system: You are a helpful assistant.
user:
Analyze the provided spectrum to determine if it is a **M-type Giant (gM)**.

A M-type Giant spectrum is defined by its **strong molecular absorption** features, particularly from **Titanium Oxide (TiO)**. You must check for one of the following mutually exclusive signatures:

- **Key Visual Indicators (Absorption-Dominated Spectrum):**

    - **(Primary):** The spectrum is dominated by strong molecular absorption from **Titanium Oxide (TiO)**. This is the **defining feature** of its M-type temperature class.
        - **(Key Bandheads):** Look for sharp, "saw-tooth" absorption valleys. The strongest are located near **~7050 Å**, **~6160 Å**, and **~5170 Å**.
        - **(Line Profile):** The "saw-tooth" morphology is critical: a **sharp, steep drop on the BLUE (short-wavelength) side** of the bandhead, followed by a gradual recovery (rising flux) towards the RED (long-wavelength) side.

    - **(Key Confirmation - Giant vs. Dwarf):** **ABSENCE** of strong **Calcium Hydride (CaH)** molecular bands. This is the primary diagnostic for *excluding* M-dwarfs.
        - **(Key Region):** The spectrum should lack the strong, broad absorption band seen in dwarfs between **~6800 Å and ~7000 Å**.

    - **(Secondary Confirmation - Giant):** A very strong and broad **Neutral Calcium (Ca I)** atomic absorption line.
        - **(Key Line):** Located at **~4226 Å**. In a giant (gM), this line is significantly deeper and broader than the same line in an M-dwarf (dM) due to low surface gravity.

    - **(Overall Spectrum):**
        - The continuum is **extremely red-sloping** (i.e., flux is very low in the blue and rises dramatically towards the red).
        - The entire spectrum appears "chopped up" by the deep TiO bands.

Think first, call **spectral_visualization_tool** if needed to examine features in detail, then provide your final answer. Your response must adhere to the following strict rules:
1.  **Overall Structure:** Your response must follow the format `<think>...</think> <tool_call>...</tool_call> (if a tool is used) <answer>...</answer>`.
2.  **Tool Usage Constraint:** You may only make **one** tool call per turn.
3.  **Final Answer Format:** In the `<answer>` tag, your conclusion must be inside a `\boxed{}` command (e.g., `\boxed{YES}` or `\boxed{NO}`), followed by your justification.

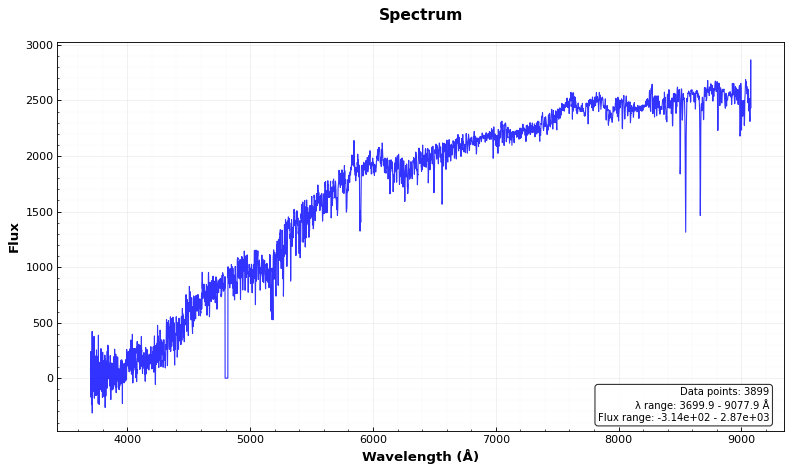
Answer: NO